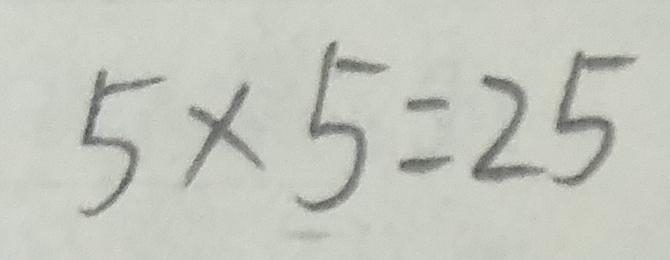
5 \times 5 = 2 5